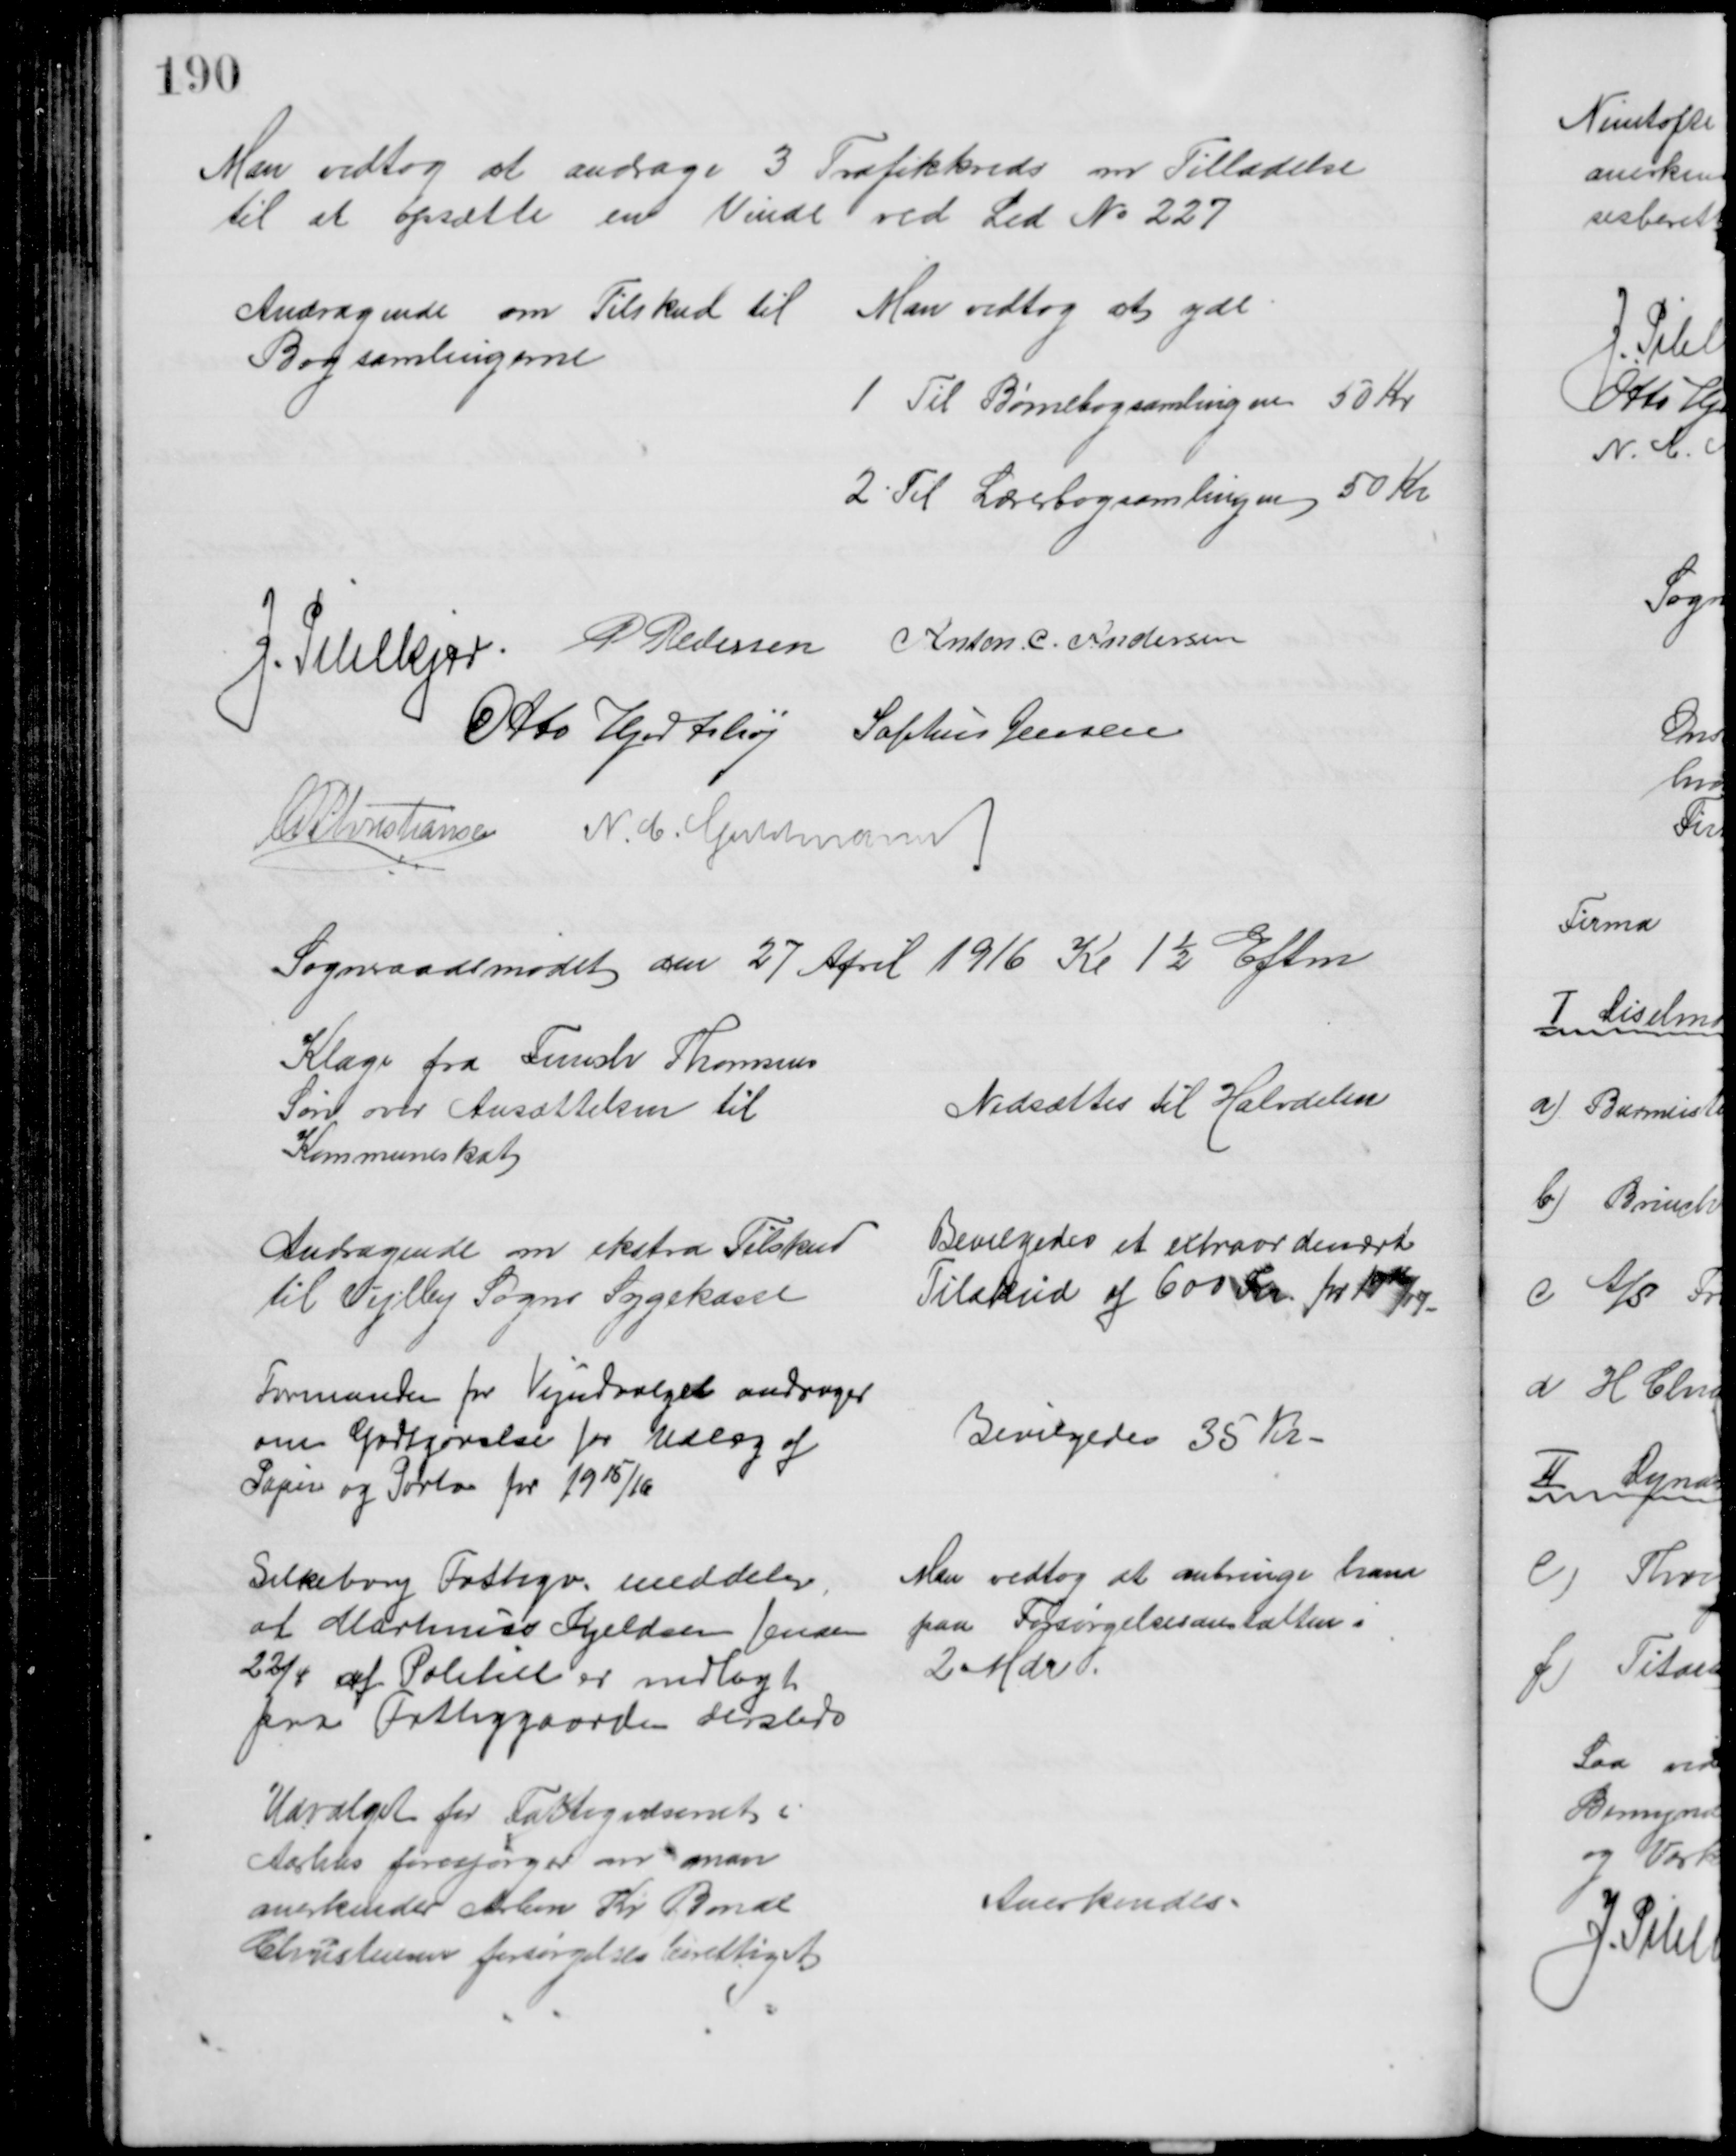
Transskription:
Man vedtog at andrage 3 Trafikkreds om Tilladelse
til at opsætte en Vinde ved Led № 227
Andragende om Tilskud til 
Bogsamlingerne
 Man vedtog at yde
1 Til Børnebogsamlingen 50 Kr
2 Til Lærerbogsamlingen 50 Kr
J. Pihlkjær P Pedersen Anton. C. Andersen
Otto Hjortshøj Sophus Jensen
A P Christiansen N. C. Guldmann
Sogneraadsmødet den 27 April 1916 Kl 1½ Eftm
Klage fra Funch Thomsens
Søn over Ansættelsen til
Kommuneskat
Nedsættes til Halvdelen
Andragende om ekstra Tilskud
til Vejlby Sogns Sygekasse
Bevilgedes et extraordinært
Tilskud af 600 Kr. for 1916/17
Formanden for Vejudvalget andrager
om Godtgørelse for Udlæg af
Papir og Porto for 1915/16
Bevilgedes 35 Kr
Silkeborg Fattigv. meddeler,
at Martinus Kjeldsen Jensen
22/4 af Politiet er indlagt
paa Fattiggaarden dersteds
Man vedtog at anbringe ham
paa Forsørgelsesanstalten i
2 Mdr.
Udvalget for Fattigvæsenet i
Aarhus forespørger om man
anerkender Arbm Kr Bonde
Christensen forsørgelsesberettiget
Anerkendes